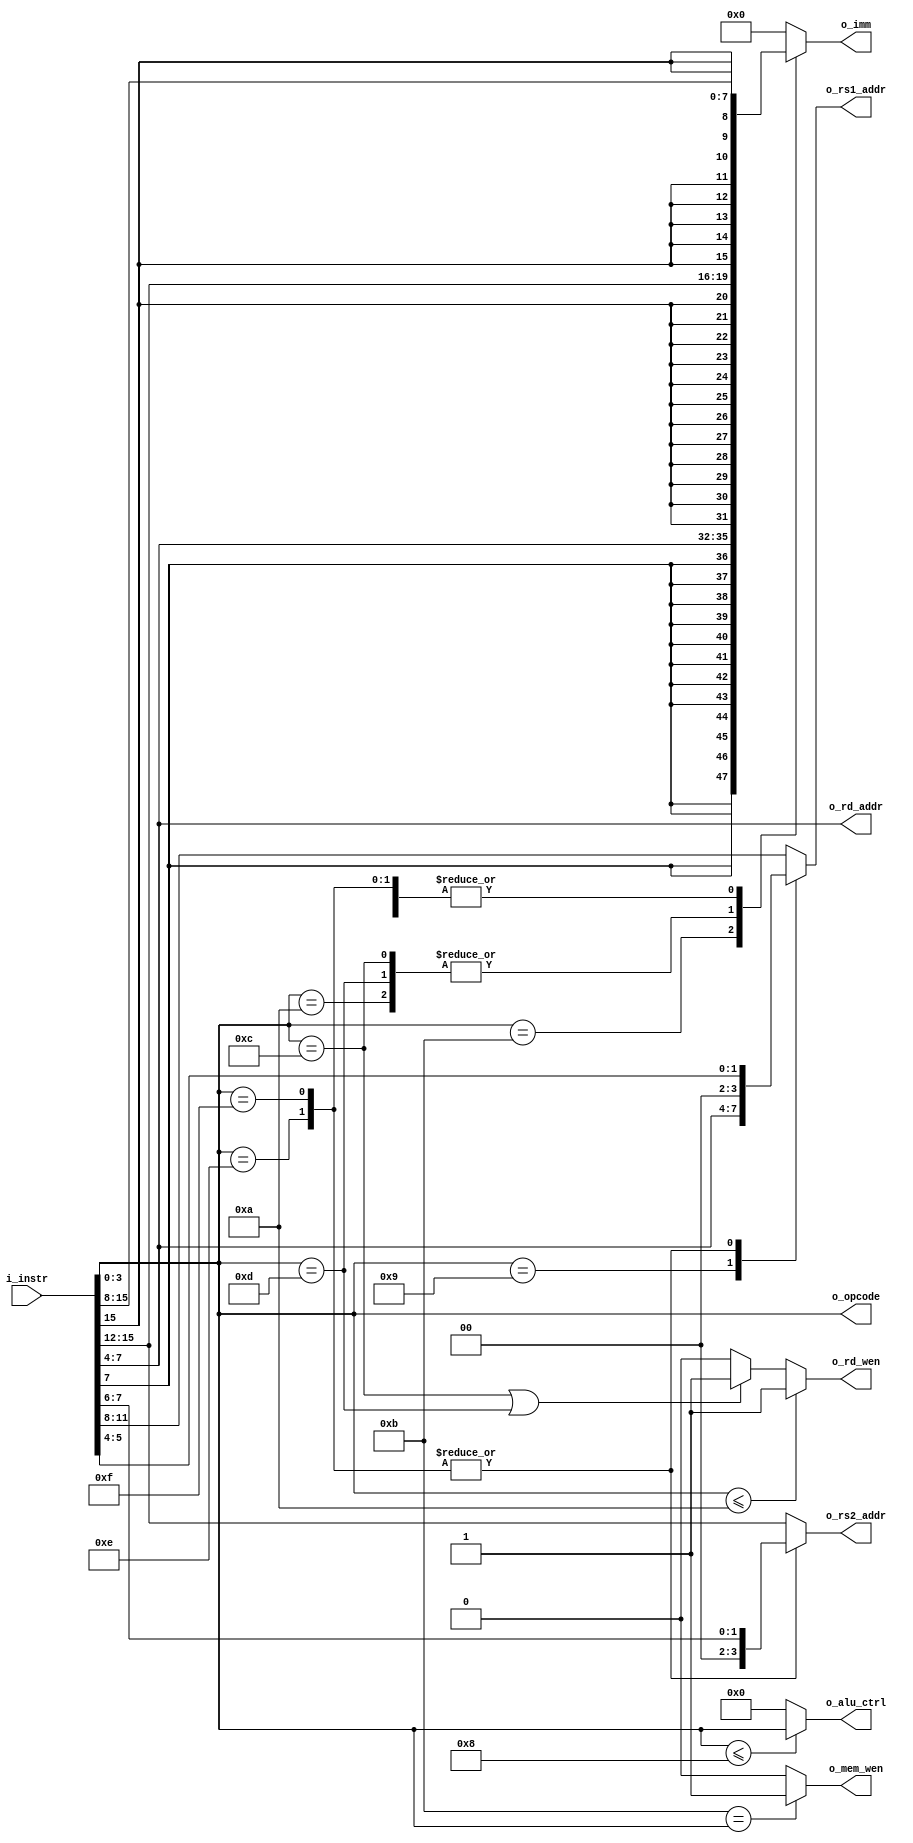
module Z16Decoder(
        input wire [15:0] i_instr, // 
        output wire [3:0] o_opcode, // 
        output wire [3:0] o_rd_addr, // RD
        output wire [3:0] o_rs1_addr, // RS1
        output wire [3:0] o_rs2_addr, // RS2
        output wire [15:0] o_imm, // 
        output wire o_rd_wen, // 
        output wire o_mem_wen, // 
        output wire [3:0] o_alu_ctrl // ALU
    );

    assign o_opcode = i_instr[3:0];
    assign o_rd_addr = i_instr[7:4];
    assign o_rs1_addr = get_rs1_addr(i_instr);
    assign o_rs2_addr = get_rs2_addr(i_instr);
    assign o_imm = get_imm(i_instr);
    assign o_rd_wen = get_rd_wen(i_instr);
    assign o_mem_wen = get_mem_wen(i_instr);
    assign o_alu_ctrl = get_alu_ctrl(i_instr);

    function [3:0] get_rs1_addr;
        input [15:0] i_instr;
        begin
            case(i_instr[3:0])
                4'h9 : get_rs1_addr = i_instr[7:4];
                4'hE : get_rs1_addr = {2'b00, i_instr[5:4]};
                4'hF : get_rs1_addr = {2'b00, i_instr[5:4]};
                default : get_rs1_addr = i_instr[11:8];
            endcase
        end
    endfunction

    function [3:0] get_rs2_addr;
        input [15:0] i_instr;
        begin
            case(i_instr[3:0])
                4'hE : get_rs2_addr = {2'b00, i_instr[7:6]};
                4'hF : get_rs2_addr = {2'b00, i_instr[7:6]};
                default : get_rs2_addr = i_instr[15:12];
            endcase
        end
    endfunction

    // 
    function [15:0] get_imm;
        input [15:0] i_instr;
        begin
            case(i_instr[3:0])
                4'h9  : get_imm   = { {8{i_instr[15]}}, i_instr[15:8]};
                4'hA  : get_imm   = { {12{i_instr[15]}}, i_instr[15:12]};
                4'hB  : get_imm   = { {12{i_instr[7]}}, i_instr[7:4]};
                4'hC  : get_imm   = { {12{i_instr[15]}}, i_instr[15:12]};
                4'hD  : get_imm   = { {12{i_instr[15]}}, i_instr[15:12]};
                4'hE  : get_imm   = { {8{i_instr[15]}}, i_instr[15:8]};
                4'hF  : get_imm   = { {8{i_instr[15]}}, i_instr[15:8]};
                default : get_imm = 16'h0000;
            endcase
        end
    endfunction

    function get_rd_wen;
        input [15:0] i_instr;
        begin
            if(i_instr[3:0] <= 4'hA) begin
                get_rd_wen    = 1'b1;
            end else if((i_instr[3:0] == 4'hC) || (i_instr[3:0] == 4'hD)) begin
                get_rd_wen = 1'b1;
            end else begin
                get_rd_wen    = 1'b0;
            end
        end
    endfunction

    function get_mem_wen;
        input [15:0] i_instr;
        begin
            // STORE1
            if(4'hB == i_instr[3:0]) begin
                get_mem_wen = 1'b1;
            end else begin
                get_mem_wen = 1'b0;
            end
        end
    endfunction

    function [3:0] get_alu_ctrl;
        input [15:0] i_instr;
        begin
            if(i_instr[3:0] <= 4'h8)begin
                get_alu_ctrl = i_instr[3:0];
            end else begin
                get_alu_ctrl = 4'h0;
            end
        end
    endfunction
endmodule